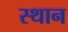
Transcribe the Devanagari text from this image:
स्‍थान